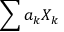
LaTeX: \sum { a _ { k } X _ { k } }